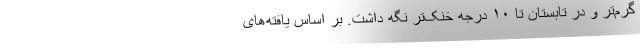
گرم‌تر و در تابستان تا ۱۰ درجه خنک‌تر نگه داشت. بر اساس یافته‌های